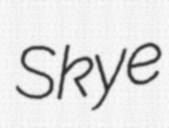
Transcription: Skye